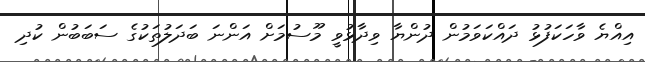
އިއްޔެ ވާހަކަފުޅު ދައްކަވަމުން ދުންޔާ ވިދާޅުވީ މޫސުމަށް އަންނަ ބަދަލުތަކުގެ ސަބަބުން ކުދި